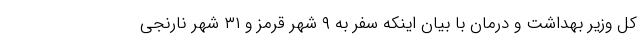
کل وزیر بهداشت و درمان با بیان اینکه سفر به ۹ شهر قرمز و ۳۱ شهر نارنجی